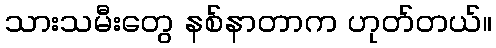
သားသမီးတွေ နစ်နာတာက ဟုတ်တယ်။